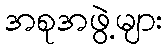
အစုအဖွဲ့များ